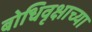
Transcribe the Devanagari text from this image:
बोधिवृक्षाच्या